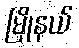
မြိုနယ်